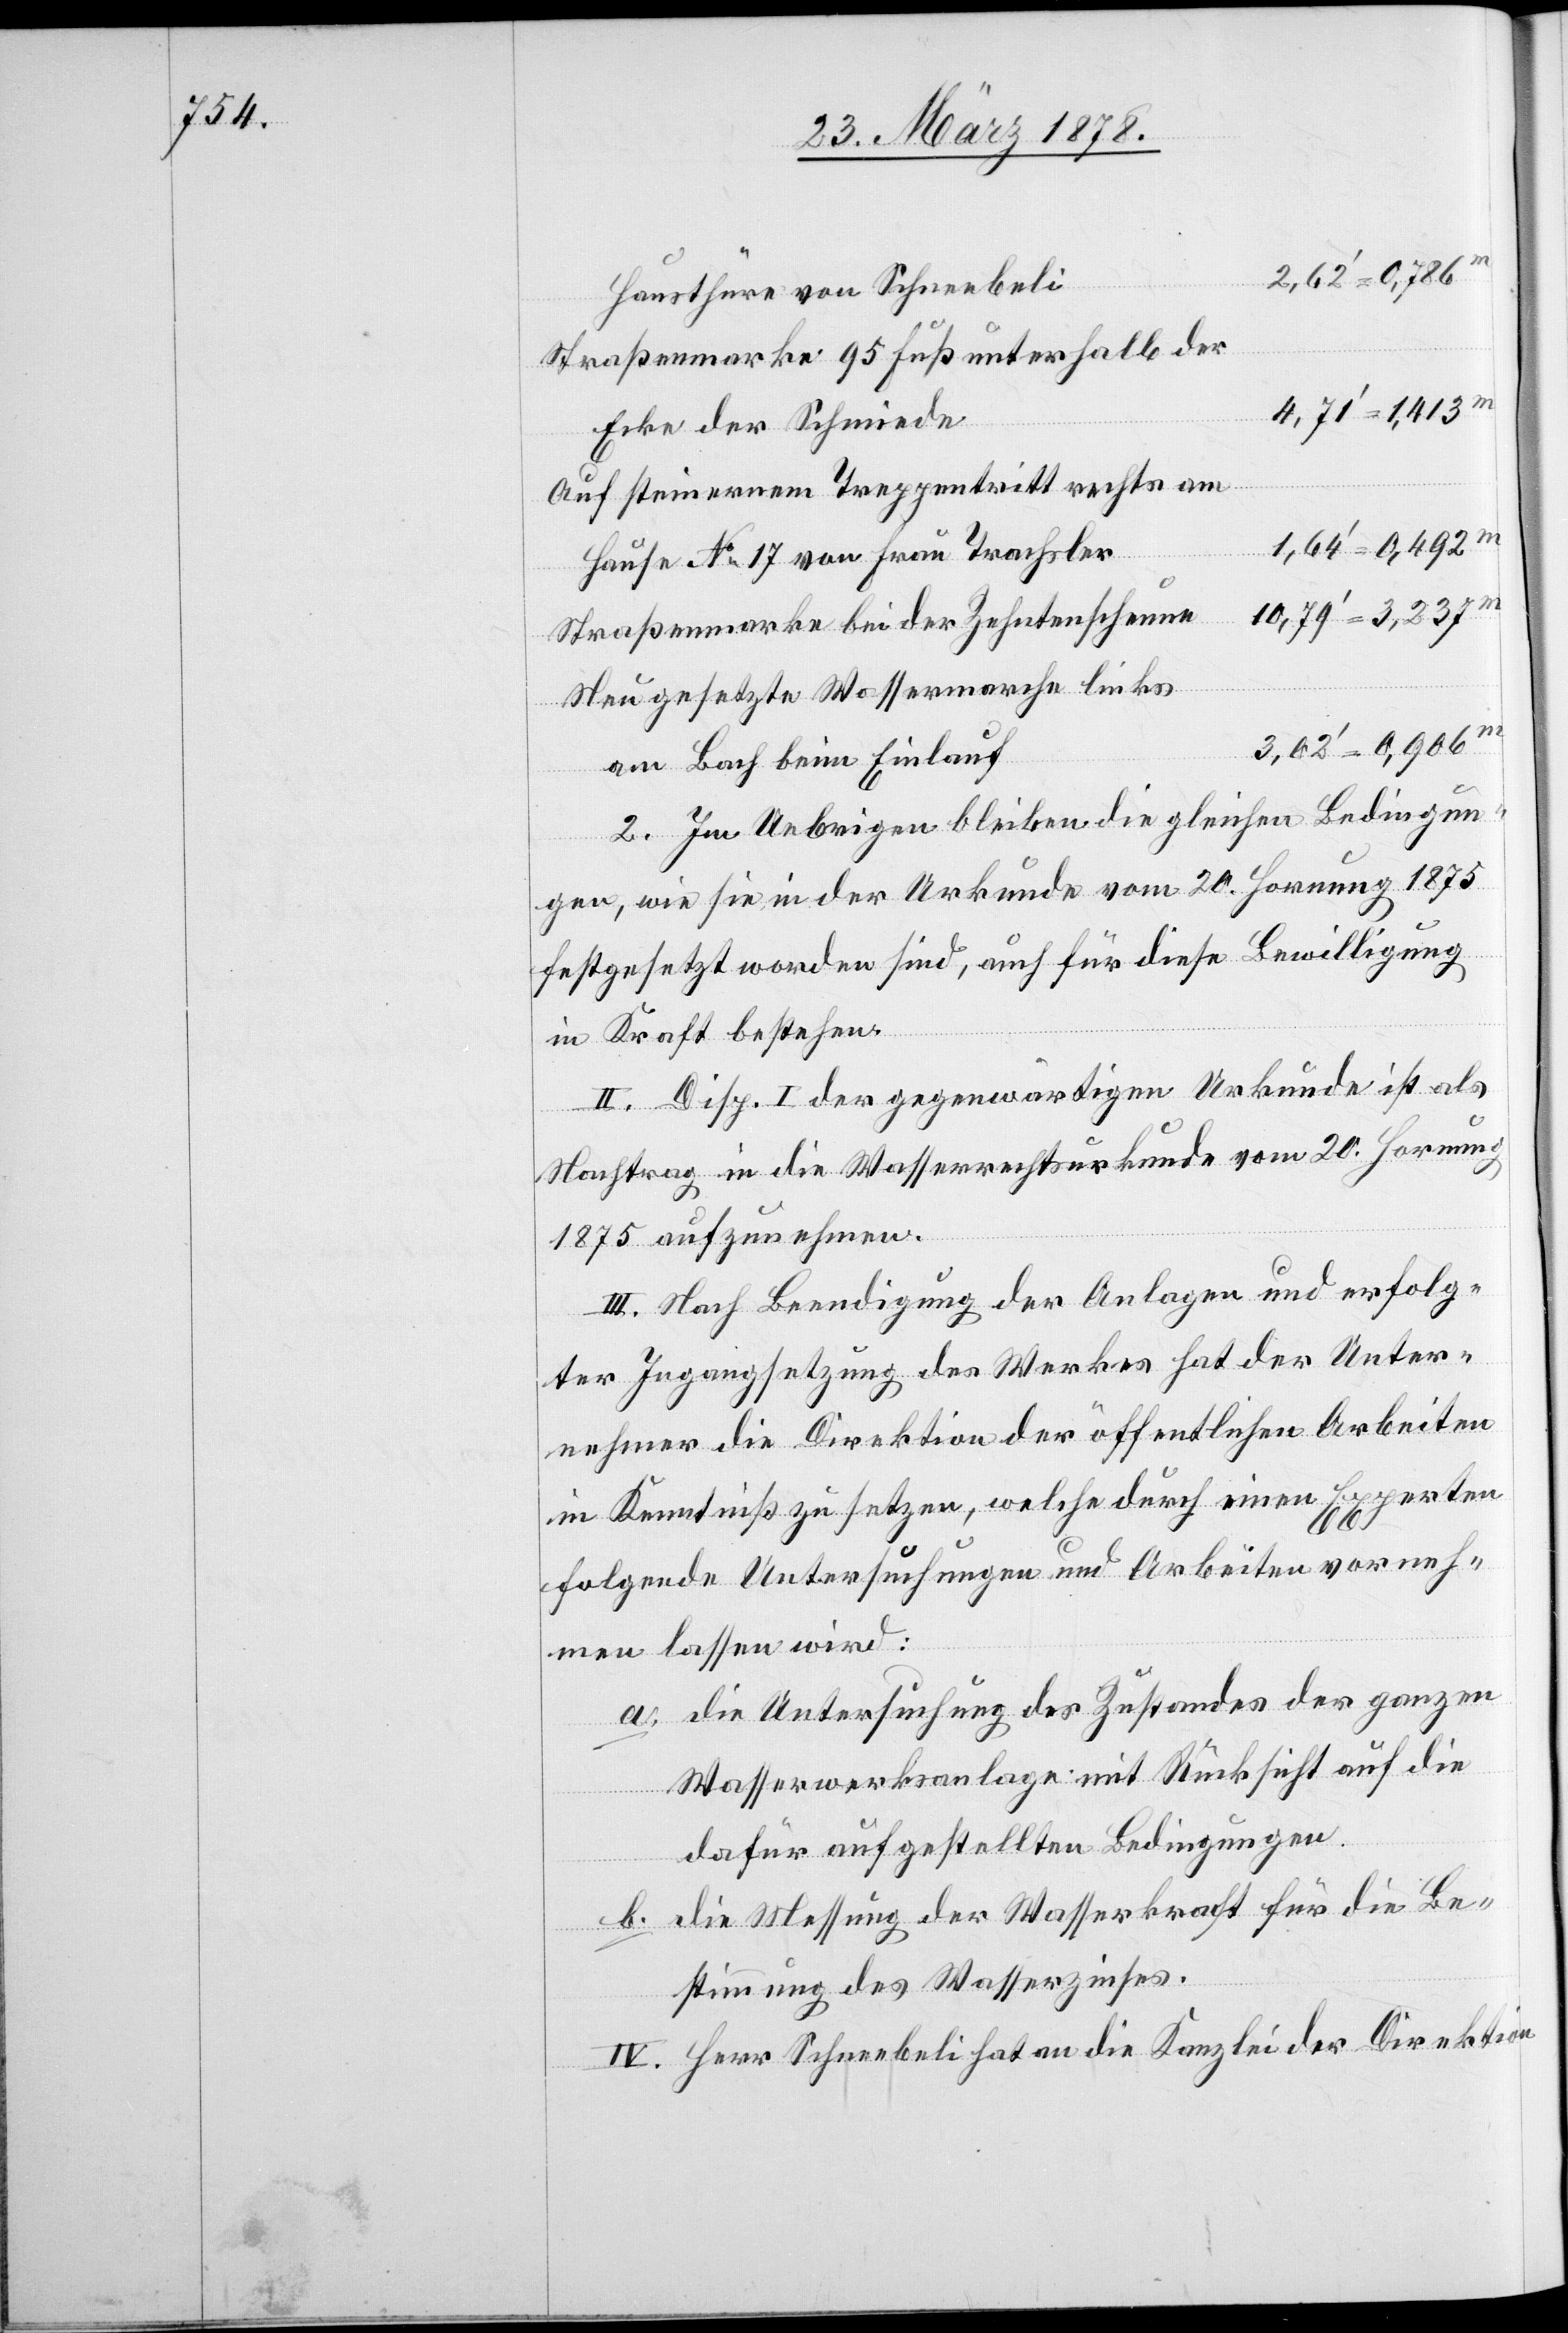
Haustüre von Schneebeli
Straßenmarke 95 Fuß unterhalb der
Ecke der Schmiede
Auf steinerenem Treppentritt rechts am
Hause No 17 von Frau Trachsler
Straßenmarke bei der Zehntenscheune
Neu gesetzte Wassermarche links
am Bach beim Einlauf
2. Im Uebrigen bleiben die gleichen Bedingun¬
gen, wie sie in der Urkunde vom 20. Hornung 1875
festgesetzt worden sind, auch für diese Bewilligung
in Kraft bestehen.
II. Disp. I der gegenwärtigen Urkunde ist als
Nachtrag in die Wasserrechtsurkunde vom 20. Hornung
1875 aufzunehmen.
III. Nach Beendigung der Anlagen und erfolg¬
ter Ingangsetzung des Werkes hat der Unter¬
nehmer die Direktion der öffentlichen Arbeiten
in Kenntniß zu setzen, welche durch einen Experten
folgende Untersuchungen und Arbeiten vorneh¬
men lassen wird:
die Untersuchung des Zustandes der ganzen
Wasserwerkanlage mit Rücksicht auf die
dafür aufgestellten Bedingungen.
die Messung der Wasserkraft für die Be¬
stimmung des Wasserzinses.
IV. Herr Schneebeli hat an die Kanzlei der Direktion